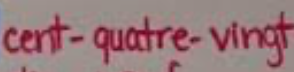
cent-quatre-vingt